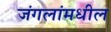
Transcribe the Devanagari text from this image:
जंगलांमधील